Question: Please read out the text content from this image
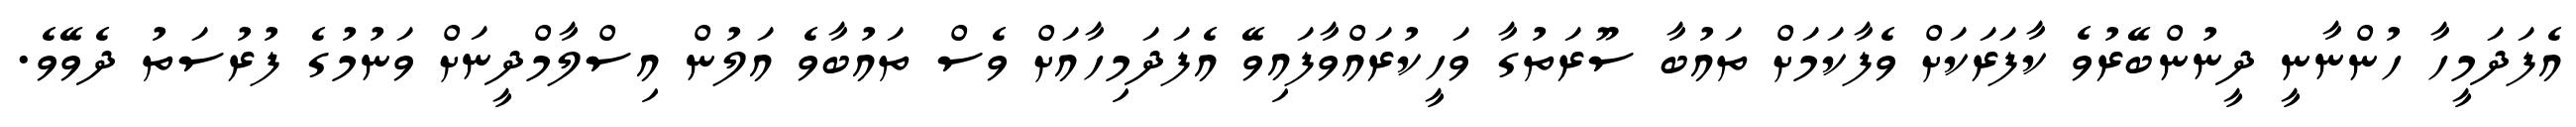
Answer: އެފަދަމީހާ ހުންނާނީ ދީނުންބޭރުވެ ކާފަރަކަށް ވެފާކަމަށް ތައުބާ ސޫރަތުގާ ވަހީކުރައްވާފައިވޭ އެފަދަމިހާއަށް ވެސް ތައުބާވެ އަލުން އިސްލާމްދީނަށް ވަނުމުގެ ފުރުސަތު ދެވޭވެ.